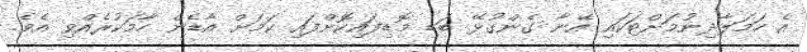
އެ ހަމަލާދިނުމަށްޓަކައި އޭނާ ގެންގުޅޭ ބަޑި މޮޑިފައިކޮށްފައި ކަމަށް އާޑެން ހާމަކުރެއްވި އެވެ.